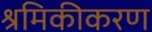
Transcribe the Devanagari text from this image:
श्रमिकीकरण